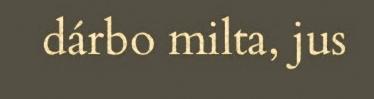
dárbo milta, jus